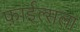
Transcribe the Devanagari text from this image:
फ़ाईल्सला